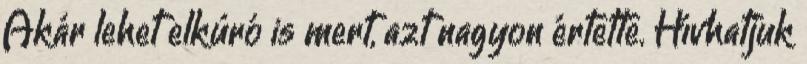
Akár lehet elkúró is mert, azt nagyon értette. Hívhatjuk